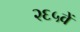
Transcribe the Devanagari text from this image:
२६५वें